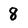
Character: 8